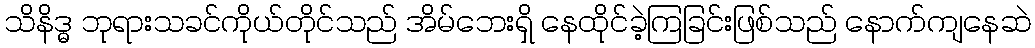
သိနိဒ္ဓ ဘုရားသခင်ကိုယ်တိုင်သည် အိမ်ဘေးရှိ နေထိုင်ခဲ့ကြခြင်းဖြစ်သည် နောက်ကျနေဆဲ